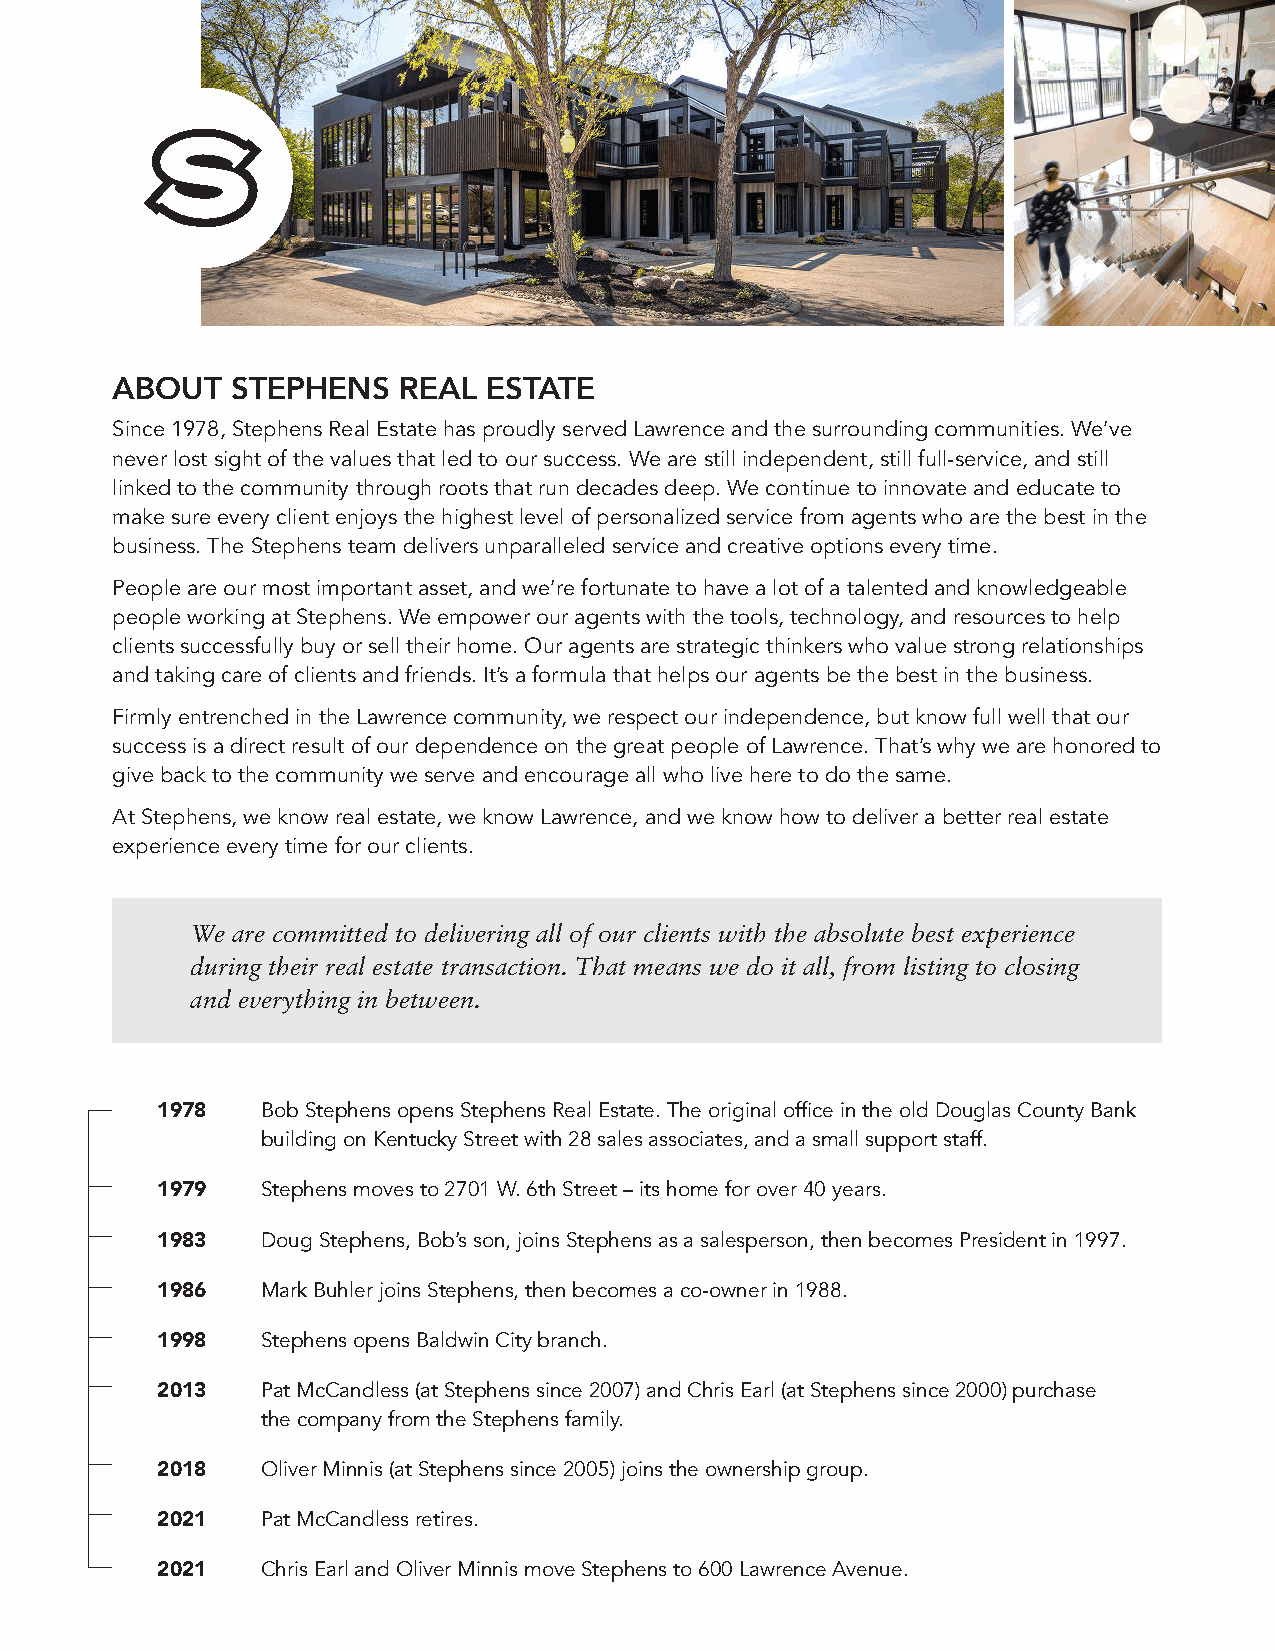
ABOUT   STEPHENS   REAL  ESTATE
 Since 1978, Stephens Real Estate has proudly served Lawrence and the surrounding communities. We’ve
 never lost sight of the values that led to our success. We are still independent, still full-service, and still
 linked to the community through roots that run decades deep. We continue to innovate and educate to
 make sure every client enjoys the highest level of personalized service from agents who are the best in the
 business. The Stephens team delivers unparalleled service and creative options every time.
 People are our most important asset, and we’re fortunate to have a lot of a talented and knowledgeable
 people working at Stephens. We empower our agents with the tools, technology, and resources to help
 clients successfully buy or sell their home. Our agents are strategic thinkers who value strong relationships
 and taking care of clients and friends. It’s a formula that helps our agents be the best in the business.
 Firmly entrenched in the Lawrence community, we respect our independence, but know full well that our
 success is a direct result of our dependence on the great people of Lawrence. That’s why we are honored to
 give back to the community we serve and encourage all who live here to do the same.
 At Stephens, we know real estate, we know Lawrence, and we know how to deliver a better real estate
 experience every time for our clients.
 We are committed to delivering all of our clients with the absolute best experience
 during their real estate transaction. That means we do it all, from listing to closing
 and everything in between.
 1978   Bob Stephens opens Stephens Real Estate. The original office in the old Douglas County Bank
 building on Kentucky Street with 28 sales associates, and a small support staff.
 1979   Stephens moves to 2701 W. 6th Street – its home for over 40 years.
 1983   Doug Stephens, Bob’s son, joins Stephens as a salesperson, then becomes President in 1997.
 1986   Mark Buhler joins Stephens, then becomes a co-owner in 1988.
 1998   Stephens opens Baldwin City branch.
 2013   Pat McCandless (at Stephens since 2007) and Chris Earl (at Stephens since 2000) purchase
 the company from the Stephens family.
 2018   Oliver Minnis (at Stephens since 2005) joins the ownership group.
 2021   Pat McCandless retires.
 2021   Chris Earl and Oliver Minnis move Stephens to 600 Lawrence Avenue.